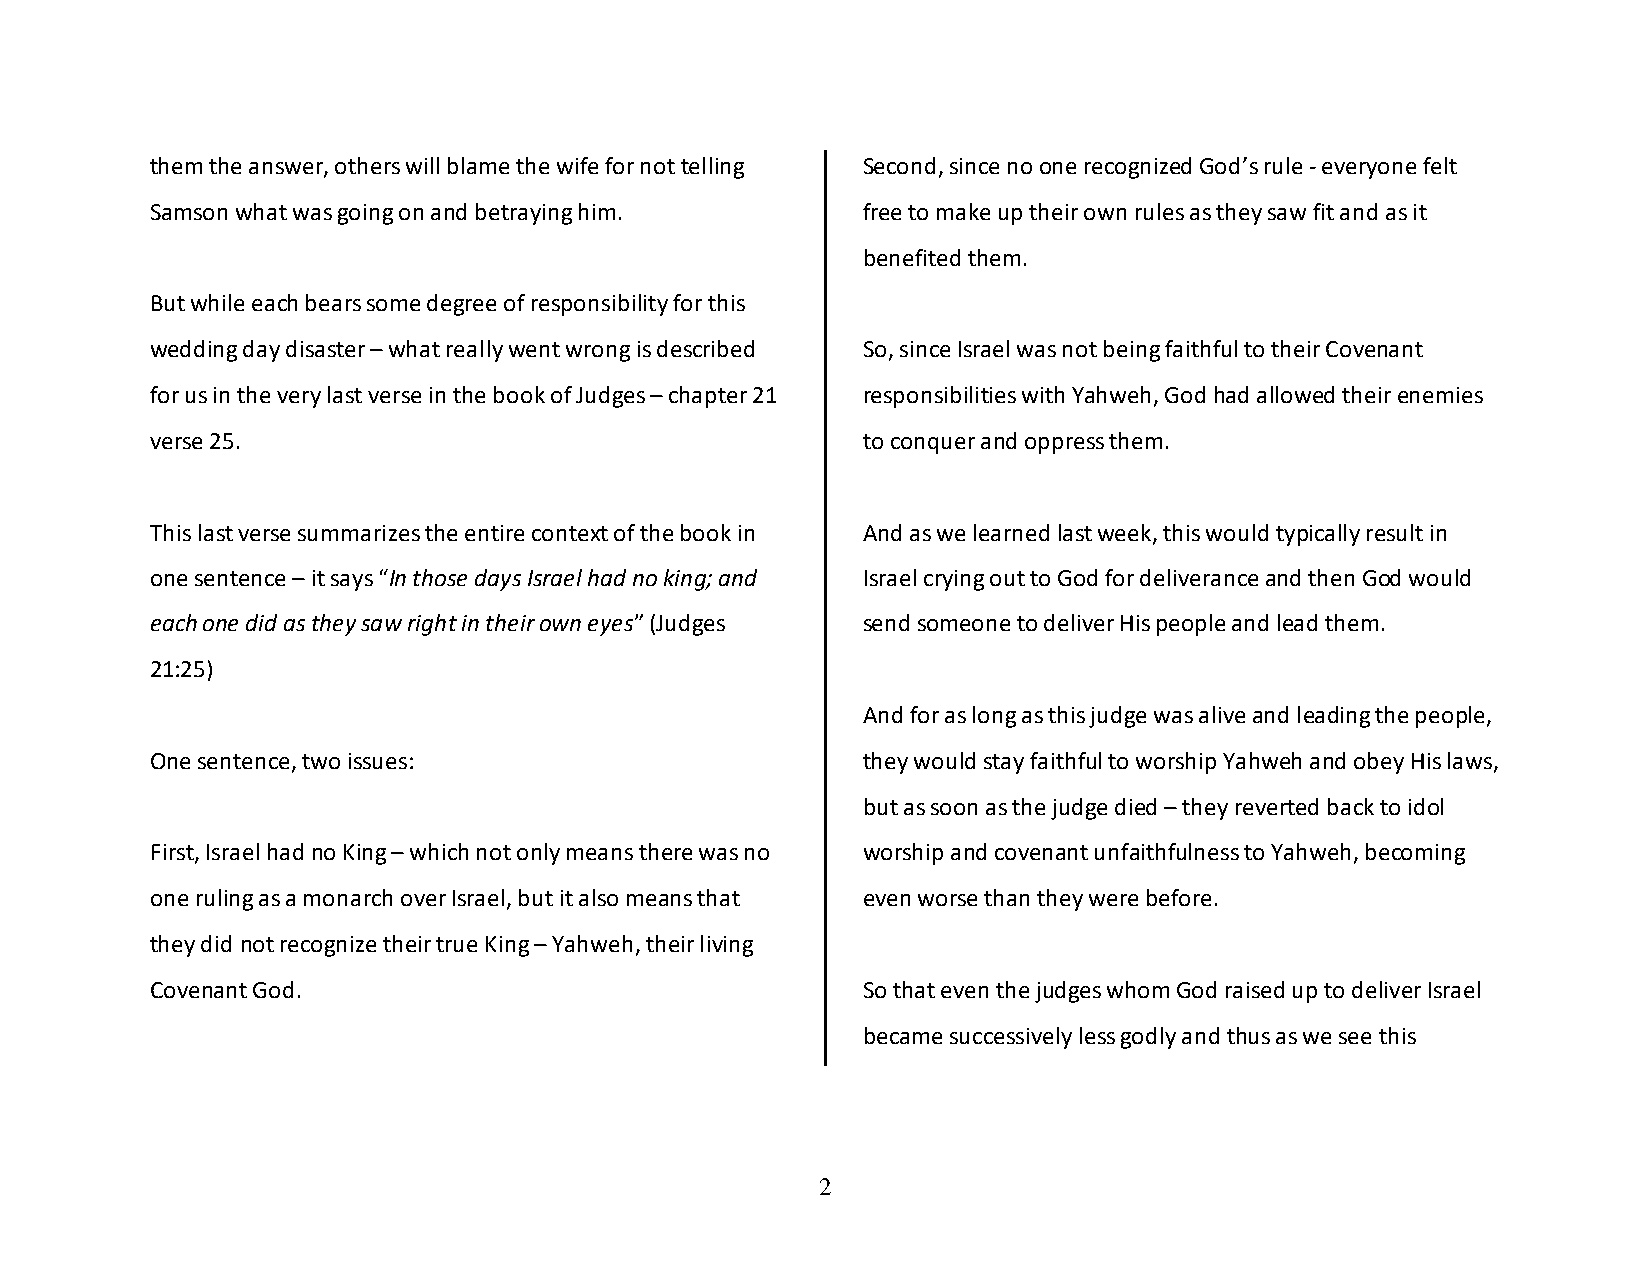
them the answer, others will blame the wife for not telling Second, since no one recognized God’s rule - everyone felt
 Samson what was going on and betraying him.    free to make up their own rules as they saw fit and as it
 benefited them.
 But while each bears some degree of responsibility for this
 wedding day disaster – what really went wrong is described So, since Israel was not being faithful to their Covenant
 for us in the very last verse in the book of Judges – chapter 21 responsibilities with Yahweh, God had allowed their enemies
 verse 25.                                      to conquer and oppress them.
 This last verse summarizes the entire context of the book in And as we learned last week, this would typically result in
 one sentence – it says “In those days Israel had no king; and Israel crying out to God for deliverance and then God would
 each one did as they saw right in their own eyes” (Judges send someone to deliver His people and lead them.
 21:25)
 And for as long as this judge was alive and leading the people,
 One sentence, two issues:                      they would stay faithful to worship Yahweh and obey His laws,
 but as soon as the judge died – they reverted back to idol
 First, Israel had no King – which not only means there was no worship and covenant unfaithfulness to Yahweh, becoming
 one ruling as a monarch over Israel, but it also means that even worse than they were before.
 they did not recognize their true King – Yahweh, their living
 Covenant God.                                  So that even the judges whom God raised up to deliver Israel
 became successively less godly and thus as we see this
 2